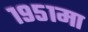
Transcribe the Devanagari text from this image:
१९५१मा